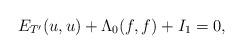
LaTeX: \begin{align*} E_{T'}(u,u)+\Lambda_0(f,f)+I_1=0,\end{align*}